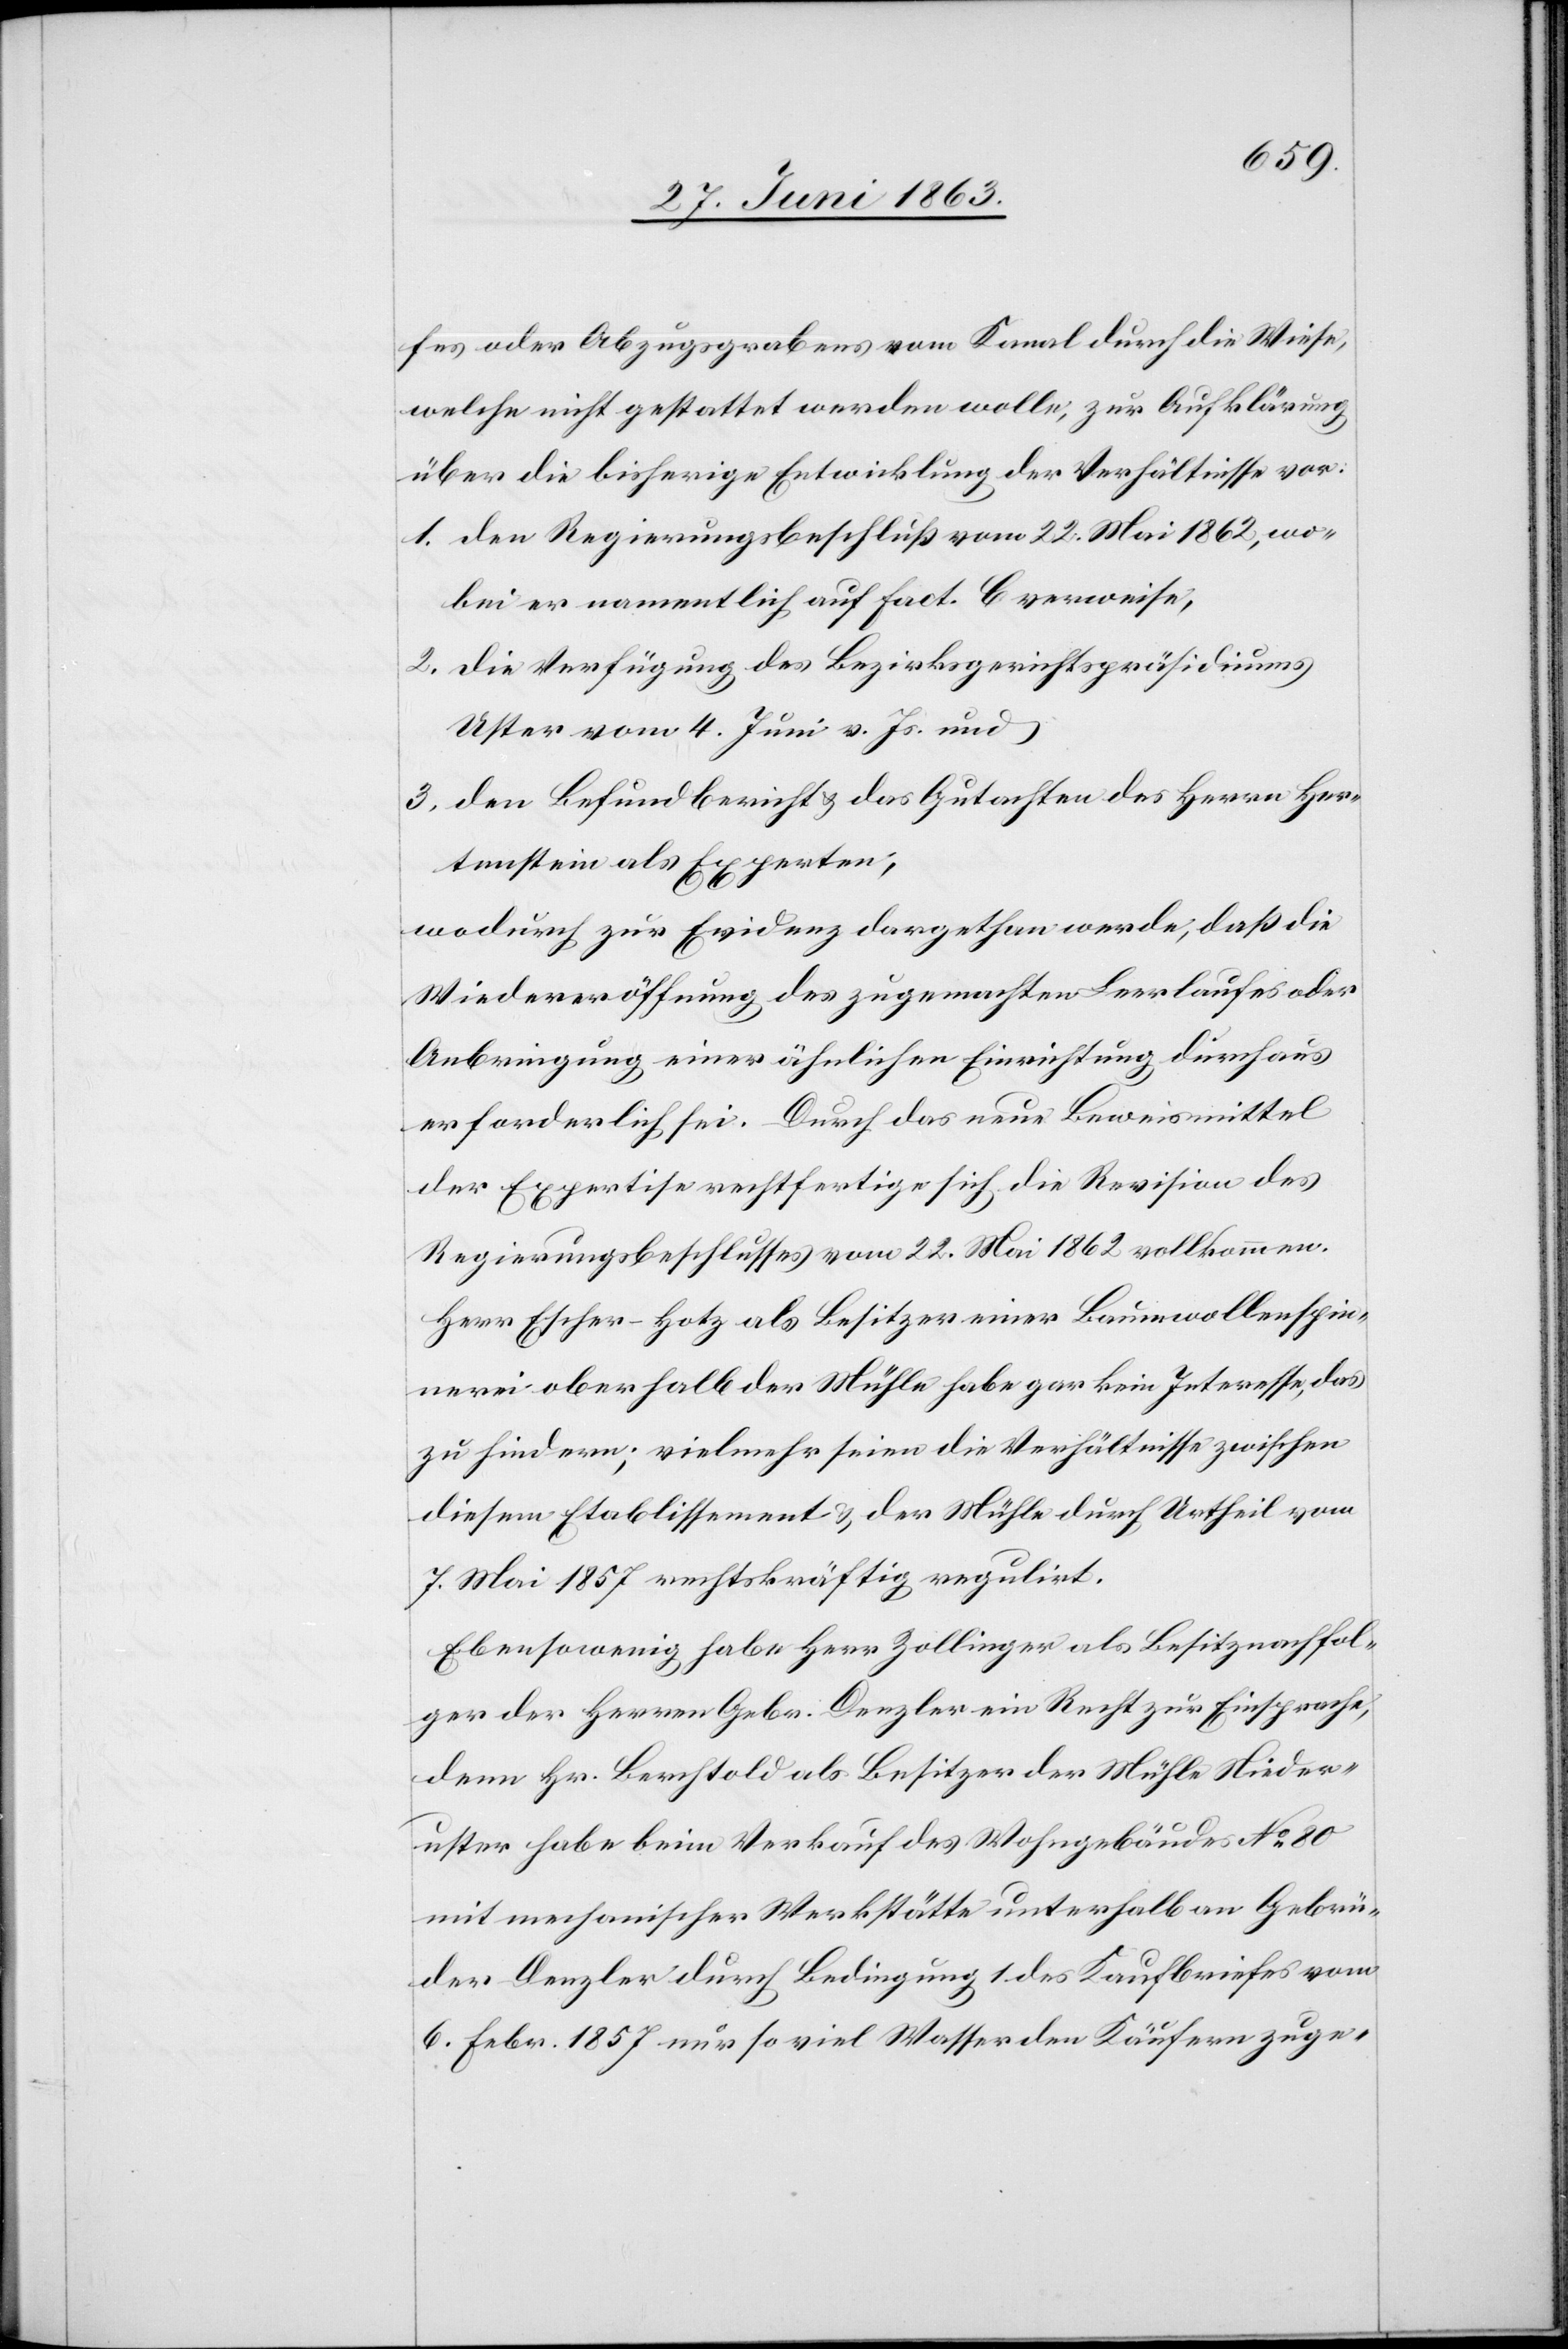
fes oder Abzugsgrabens vom Kanal durch die Wiese,
welche nicht gestattet werden wolle, zur Aufklärung
über die bisherige Entwicklung der Verhältnisse vor:
1. den Regierungsbeschluß vom 22. Mai 1862, wo¬
bei er namentlich auf fact. C verweise,
2. die Verfügung des Bezirksgerichtspräsidiums
Uster vom 4. Juni v. Js. und
3. den Befundbericht & das Gutachten des Herrn Her¬
tenstein als Experten,
wodurch zur Evidenz dargethan werde, daß die
Wiedereröffnung des zugemachten Leerlaufes oder
Anbringung einer ähnlichen Einrichtung durchaus
erforderlich sei. Durch das neue Beweismittel
der Expertise rechtfertige sich die Revision des
Regierungsbeschlusses vom 22. Mai 1862 vollkommen.
Herr Escher-Hotz als Besitzer einer Baumwollenspin¬
nerei oberhalb der Mühle habe gar kein Interesse, das
zu hindern; vielmehr seien die Verhältnisse zwischen
diesem Etablissement & der Mühle durch Urtheil vom
7. Mai 1857 rechtskräftig regulirt.
Ebensowenig habe Herr Zollinger als Besitznachfol¬
ger der Herren Gebr. Denzler ein Recht zur Einsprache,
denn Hr. Berchtold als Besitzer der Mühle Nieder¬
uster habe beim Verkauf des Wohngebäudes No 80
mit mechanischer Werkstätte unterhalb an Gebrü¬
der Denzler durch Bedingung 1 des Kaufbriefes vom
6. Febr. 1857 nur so viel Wasser den Käufern zuge-